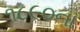
૧૮૯૦ના